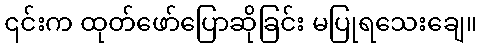
၎င်းက ထုတ်ဖော်ပြောဆိုခြင်း မပြုရသေးချေ။